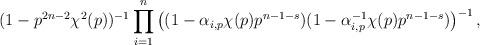
LaTeX: \begin{align*}(1-p^{2n-2}\chi^2(p))^{-1}\prod_{i=1}^n\left((1-\alpha_{i,p}\chi(p)p^{n-1-s})(1-\alpha_{i,p}^{-1}\chi(p)p^{n-1-s})\right)^{-1},\end{align*}